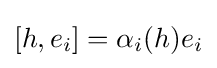
\left[h,e_{i}\right]=\alpha _{i}(h)e_{i}